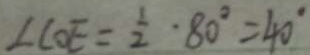
\angle C O E = \frac { 1 } { 2 } \cdot 8 0 ^ { \circ } = 4 0 ^ { \circ }